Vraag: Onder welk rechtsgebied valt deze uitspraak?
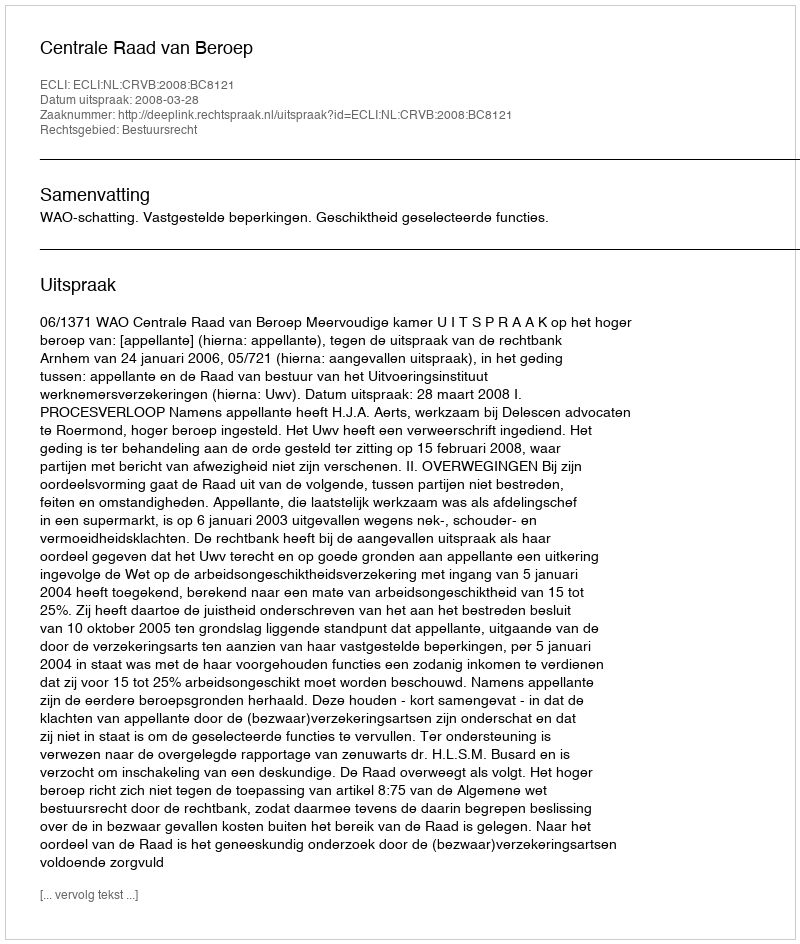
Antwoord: Bestuursrecht